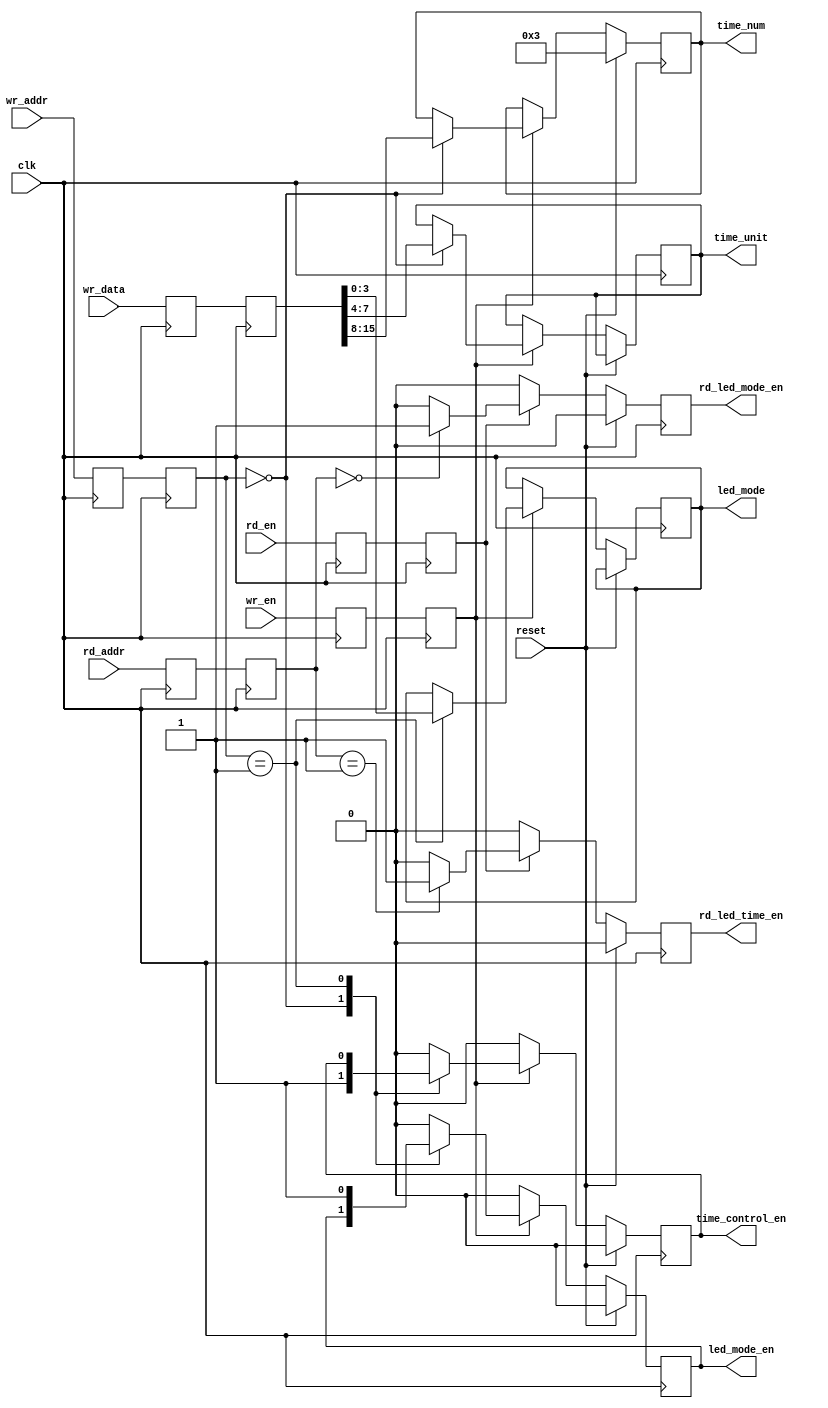
`timescale 1ns / 1ps
//////////////////////////////////////////////////////////////////////////////////
// Company: 
// Engineer: 
// 
// Design Name: 
// Module Name: cmd_top
// Project Name: 
// Target Devices: 
// Tool Versions: 
// Description: 
// 
// Dependencies: 
// 
// Revision:
// Revision 0.01 - File Created
// Additional Comments:
// 
//////////////////////////////////////////////////////////////////////////////////


module cmd_top(
	input		wire				clk,
	input		wire				reset,
	input		wire				wr_en,
	input		wire		[31:0]	wr_addr,
	input		wire		[15:0]	wr_data,
	input		wire				rd_en,
	input		wire		[31:0]	rd_addr,
	output		reg					time_control_en,
	output		reg			[7:0]	time_num,
	output		reg			[3:0]	time_unit,
	output		reg					led_mode_en,
	output		reg			[3:0]	led_mode,
	output		reg					rd_led_mode_en,
	output		reg					rd_led_time_en
	);
	
	reg						wr_en_dly1;
	reg						wr_en_dly2;
	reg			[31:0]		wr_addr_dly1;
	reg			[31:0]		wr_addr_dly2;
	reg			[15:0]		wr_data_dly1;
	reg			[15:0]		wr_data_dly2;
	reg						rd_en_dly1;
	reg						rd_en_dly2;
	reg			[31:0]		rd_addr_dly1;
	reg			[31:0]		rd_addr_dly2;
	
	//
	always @ (posedge clk) begin
		wr_en_dly1 <= wr_en;
		wr_en_dly2 <= wr_en_dly1;
		wr_addr_dly1 <= wr_addr;
		wr_addr_dly2 <= wr_addr_dly1;
		wr_data_dly1 <= wr_data;
		wr_data_dly2 <= wr_data_dly1;
		rd_en_dly1 <= rd_en;
		rd_en_dly2 <= rd_en_dly1;
		rd_addr_dly1 <= rd_addr;
		rd_addr_dly2 <= rd_addr_dly1;
	end
	//------------------
	always @ (posedge clk) begin
		if (reset) begin
			//
			time_control_en <= 1'b0;
			led_mode_en <= 1'b0;
			time_num <= 8'd3;
		end
		else if (wr_en_dly2) begin	//wr_en
			case (wr_addr_dly2)		//wr_addr
				32'd0	:	begin
					time_control_en <= 1'b1;
					time_num <= wr_data_dly2[15:8];
					time_unit <= wr_data_dly2[7:4];
				end
				32'd1	:	begin
					led_mode_en <= 1'b1;
					led_mode <= wr_data_dly2[3:0];
				end
				default	:	begin
					time_control_en <= 1'b0;
					led_mode_en <= 1'b0;
				end
 			endcase
		end
		else begin
			time_control_en <= 1'b0;
			led_mode_en <= 1'b0;
		end
	end
	
	//-------------------------
	always @ (posedge clk) begin
		if (reset) begin
			rd_led_mode_en <= 1'b0;
			rd_led_time_en <= 1'b0;
		end
		else if (rd_en_dly2) begin
			case (rd_addr_dly2)
				32'd0	:	begin
					rd_led_mode_en <= 1'b1;
					rd_led_time_en <= 1'b0;
				end
				32'd1	:	begin
					rd_led_mode_en <= 1'b0;
					rd_led_time_en <= 1'b1;
				end
				default :	begin
					rd_led_mode_en <= 1'b0;
					rd_led_time_en <= 1'b0;
				end	
			endcase
		end
		else begin
			rd_led_mode_en <= 1'b0;
			rd_led_time_en <= 1'b0;
		end
	end
endmodule